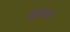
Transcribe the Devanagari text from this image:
कीरात